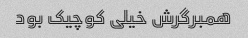
همبرگرش خیلی کوچیک بود